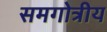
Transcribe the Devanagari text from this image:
समगोत्रीय